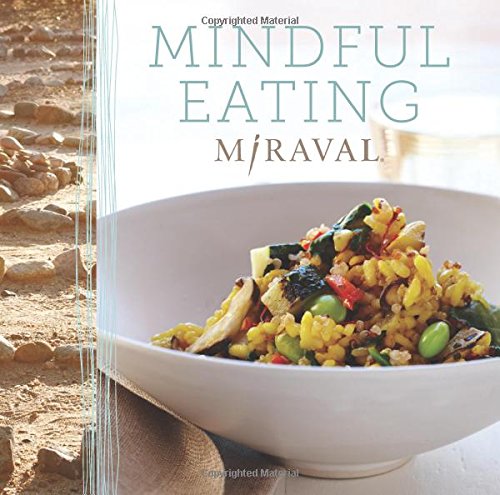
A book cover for Mindful Eating; Miraval; Cookbooks, Food & Wine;